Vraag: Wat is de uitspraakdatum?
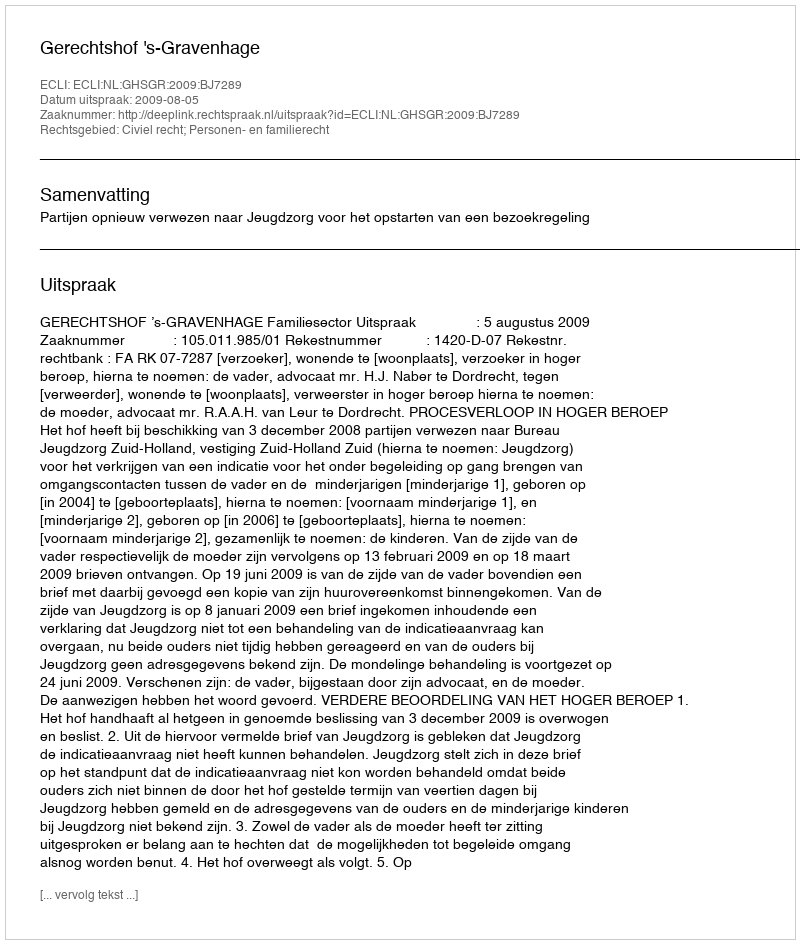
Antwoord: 2009-08-05